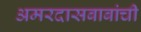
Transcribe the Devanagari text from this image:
अमरदासबाबांची